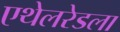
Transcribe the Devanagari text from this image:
एथेलरेडला